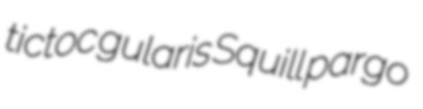
tictoc gularis Squill pargo